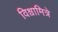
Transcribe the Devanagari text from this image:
विश्वामित्रे